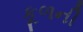
કૂળની